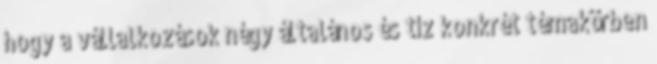
hogy a vállalkozások négy általános és tíz konkrét témakörben